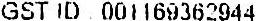
GST ID : 001169362944